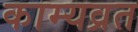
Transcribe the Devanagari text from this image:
काम्यव्रत